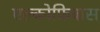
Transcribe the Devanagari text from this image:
एल्कोफ्रिबास